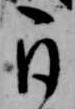
自